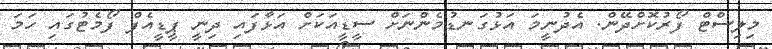
މިލިސްޓް ފޯރުކޮށްދޭން. އެދުނީމަ އަޅުގަނޑުމެންނަށް ސީޑީއަކަށް އަޅާފައި ދިނީ ޕީޑީއެފް ފޯމެޓުގައި ހަމަ